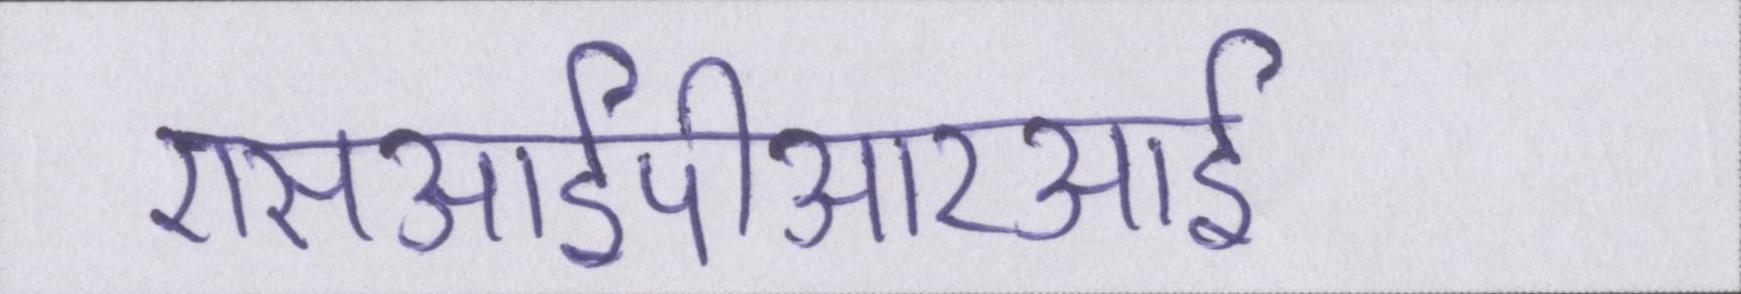
एसआईपीआरआई